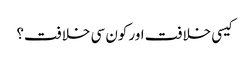
کیسی خلافت اور کون سی خلافت؟